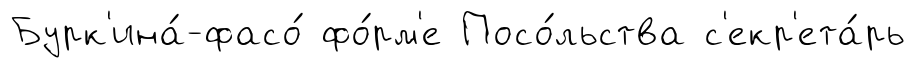
Бурк'ина́-фасо́ фо́рм'е Посо́льства с'екр'ета́рь